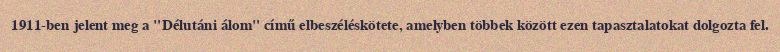
1911-ben jelent meg a "Délutáni álom" című elbeszéléskötete, amelyben többek között ezen tapasztalatokat dolgozta fel.